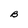
Character: B